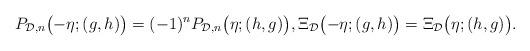
LaTeX: \begin{gather*} P_{\mathcal{D},n}\bigl({-}\eta;(g,h)\bigr) =(-1)^nP_{\mathcal{D},n}\bigl(\eta;(h,g)\bigr),\Xi_{\mathcal{D}}\bigl({-}\eta;(g,h)\bigr) =\Xi_{\mathcal{D}}\bigl(\eta;(h,g)\bigr).\end{gather*}